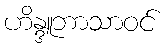
ဟိန္ဒူဘာသာဝင်